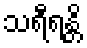
သရီရန္တိ